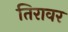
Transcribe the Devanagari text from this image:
तिरावर